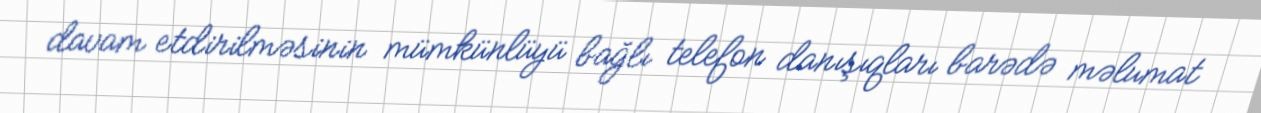
davam etdirilməsinin mümkünlüyü bağlı telefon danışıqları barədə məlumat